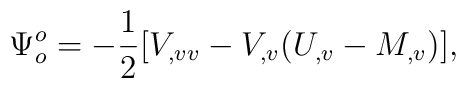
\Psi_o^o=-{1 \over 2} [ V_{,vv}-V_{,v}(U_{,v}-M_{,v})],